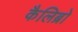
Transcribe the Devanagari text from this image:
कैलिब्रो